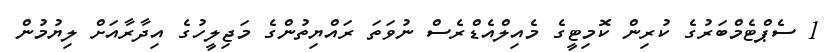
1 ސެޕްޓެމްބަރުގެ ކުރިން ކޮމިޓީގެ މެއިލްއެޑްރެސް ނުވަތަ ރައްޔިތުންގެ މަޖިލީހުގެ އިދާރާއަށް ލިޔުމުން